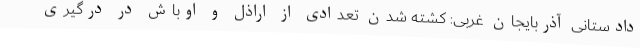
دادستانی آذربایجان غربی: کشته شدن تعدادی از اراذل و اوباش در درگیری